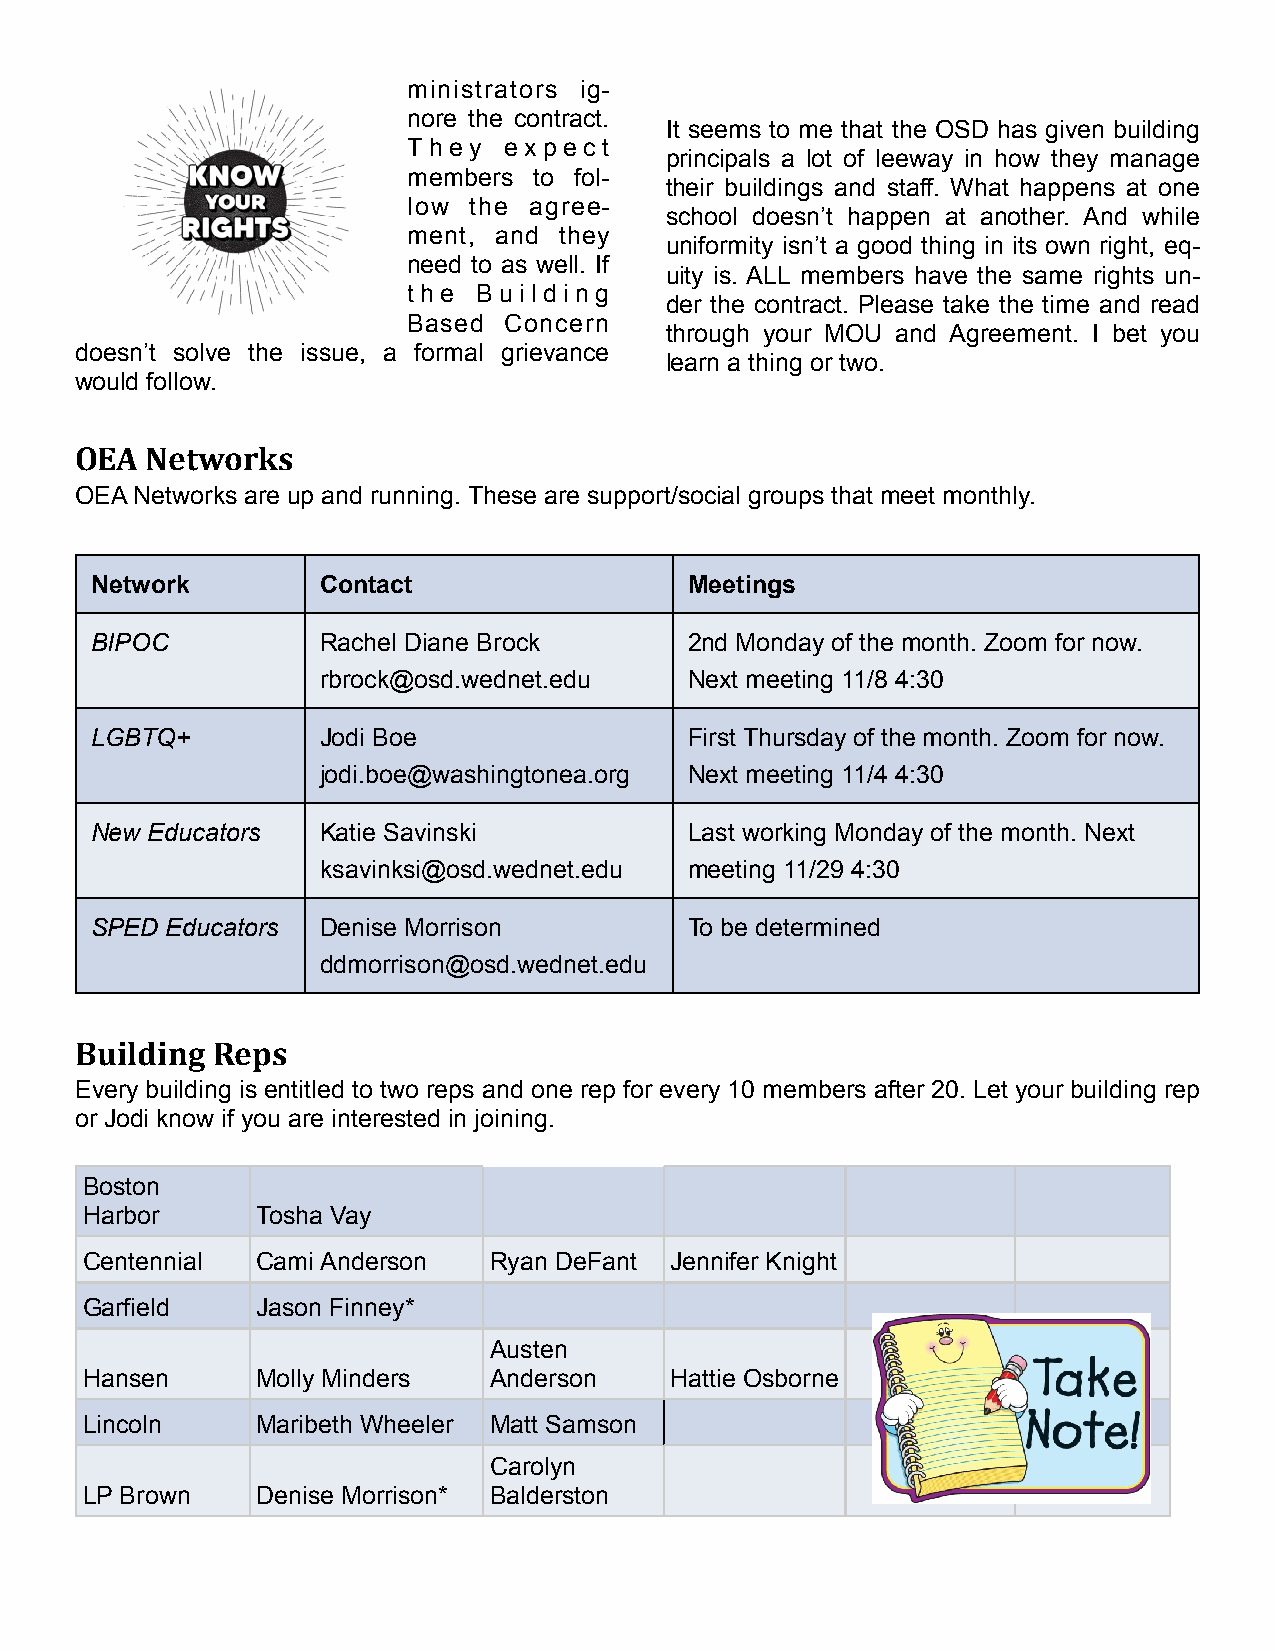
ministrators ig-
 nore the contract.
 It seems to me that the OSD has given building
 T h e y e x p e c t
 principals a lot of leeway in how they manage
 members to fol-
 their buildings and staff. What happens at one
 low the agree-
 school doesn’t happen at another. And while
 ment, and they
 uniformity isn’t a good thing in its own right, eq-
 need to as well. If
 uity is. ALL members have the same rights un-
 the  Building
 der the contract. Please take the time and read
 Based Concern
 through your MOU and Agreement. I bet you
 doesn’t solve the issue, a formal grievance
 learn a thing or two.
 would follow.
 OEA  Networks
 OEA Networks are up and running. These are support/social groups that meet monthly.
 Network        Contact                  Meetings
 BIPOC          Rachel Diane Brock       2nd Monday of the month. Zoom for now.
 rbrock@osd.wednet.edu    Next meeting 11/8 4:30
 LGBTQ+         Jodi Boe                 First Thursday of the month. Zoom for now.
 jodi.boe@washingtonea.org Next meeting 11/4 4:30
 New Educators  Katie Savinski           Last working Monday of the month. Next
 ksavinksi@osd.wednet.edu meeting 11/29 4:30
 SPED Educators Denise Morrison          To be determined
 ddmorrison@osd.wednet.edu
 Building Reps
 Every building is entitled to two reps and one rep for every 10 members after 20. Let your building rep
 or Jodi know if you are interested in joining.
 Boston
 Harbor      Tosha Vay
 Centennial  Cami Anderson  Ryan DeFant Jennifer Knight
 Garfield    Jason Finney*
 Austen
 Hansen      Molly Minders  Anderson    Hattie Osborne
 Lincoln     Maribeth Wheeler Matt Samson
 Carolyn
 LP Brown    Denise Morrison* Balderston